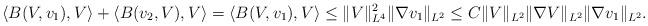
LaTeX: \begin{align*}\langle B(V,v_1),V\rangle+\langle B(v_2,V), V\rangle &=\langle B(V,v_1),V\rangle\le \|V\|^2_{L^4} \|\nabla v_1\|_{L^2}\le C \|V\|_{L^2}\|\nabla V\|_{L^2}\|\nabla v_1\|_{L^2}.\end{align*}